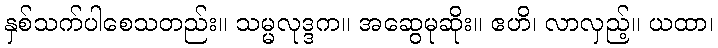
နှစ်သက်ပါစေသတည်း။ သမ္မလုဒ္ဒက။ အဆွေမုဆိုး။ ဧဟိ၊ လာလှည့်။ ယထာ၊